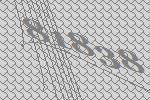
81838